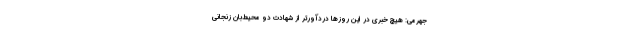
‌جهرمی: هیچ خبری در این روزها دردآورتر از شهادت دو محیط‌بان زنجانی